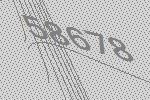
58678